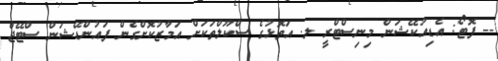
-- ފޮޓޯ: އެޑިއުކޭޝަން މިނިސްޓްރީ ލ. އަތޮޅުގެ ސްކޫލްތަކަށް އަމާޒުކޮށްގެން ފައުންޑޭޝަން ސްޓޭޖް